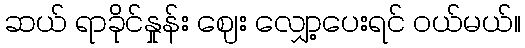
ဆယ် ရာခိုင်နှုန်း ဈေး လျှော့ပေးရင် ဝယ်မယ်။